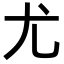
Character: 尤